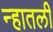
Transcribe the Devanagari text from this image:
न्हातली